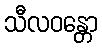
သီလဝန္တော